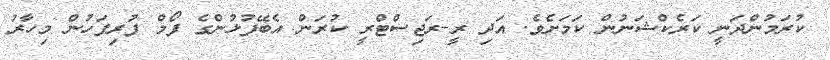
ކުރަމުންދަނީ ކަރެކްޝަނުން ކަމަށެވެ. އަދި ރީ-ރަޖިސްޓްރީ ކުރަން އެބޭފުޅުންގެ ފޯމް ފުރިފަހުން މިހާރު